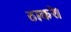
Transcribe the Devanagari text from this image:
ठाकरे।